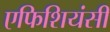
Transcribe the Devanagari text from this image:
एफिशियंसी